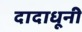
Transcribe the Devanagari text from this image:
दादाधूनी